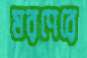
মরণেরে